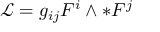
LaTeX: { \mathcal { L } } = g _ { i j } F ^ { i } \wedge * F ^ { j }